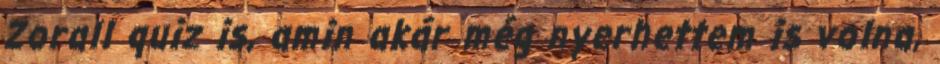
Zorall quiz is, amin akár még nyerhettem is volna,